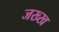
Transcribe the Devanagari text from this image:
जख्ख